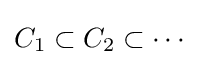
C_{1}\subset C_{2}\subset \cdots